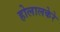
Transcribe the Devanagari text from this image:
होलालकेरे